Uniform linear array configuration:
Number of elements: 48
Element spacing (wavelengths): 1
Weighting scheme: exponential
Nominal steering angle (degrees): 0
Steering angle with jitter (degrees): -1.33
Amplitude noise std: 0.05
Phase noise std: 0.05

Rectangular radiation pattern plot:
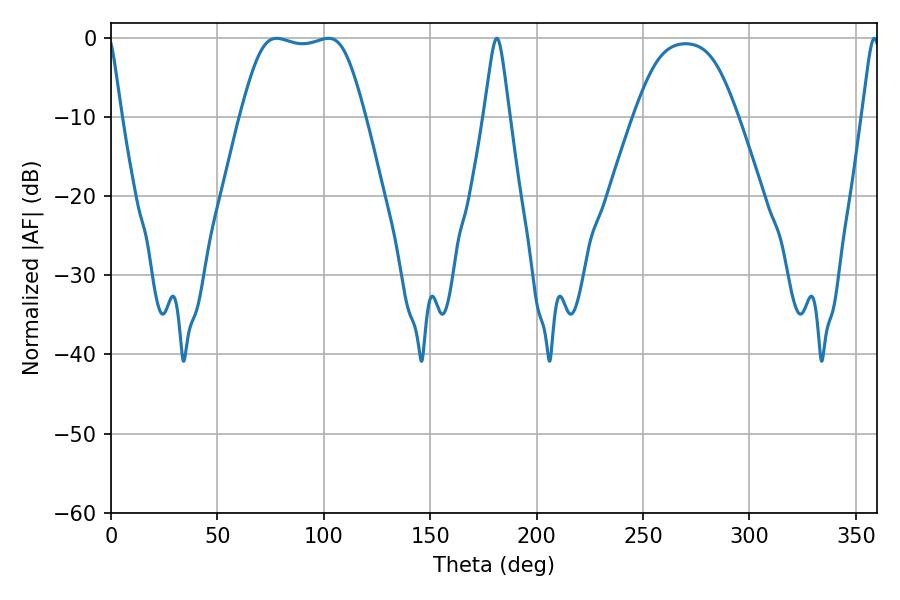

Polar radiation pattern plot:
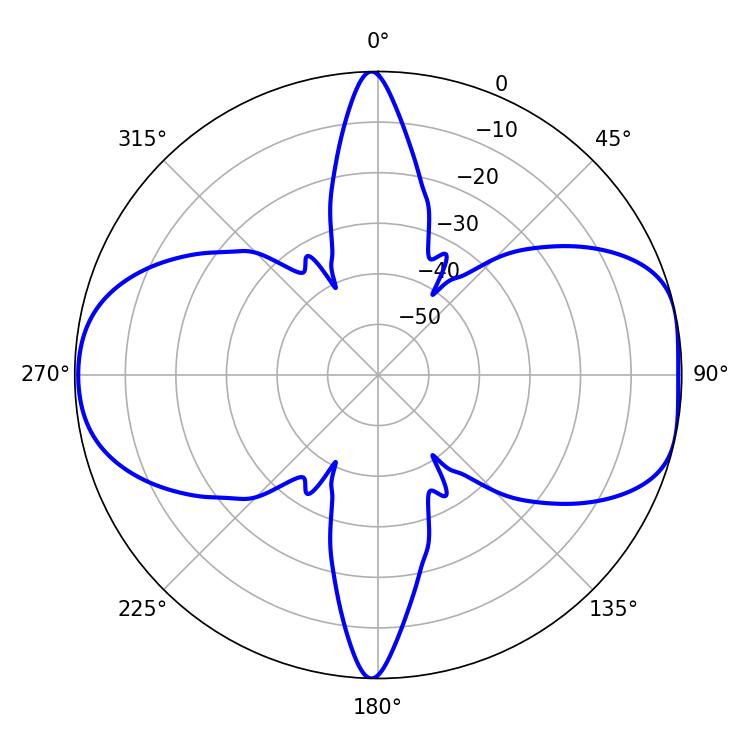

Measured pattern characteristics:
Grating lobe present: TRUE
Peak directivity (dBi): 8.799
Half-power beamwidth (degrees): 43.92
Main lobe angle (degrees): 77.76